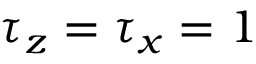
\tau _ { z } = \tau _ { x } = 1